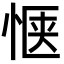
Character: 惬